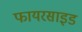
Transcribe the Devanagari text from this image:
फायरसाइड